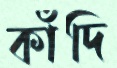
কাঁদি